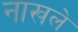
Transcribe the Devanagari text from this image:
नाखले